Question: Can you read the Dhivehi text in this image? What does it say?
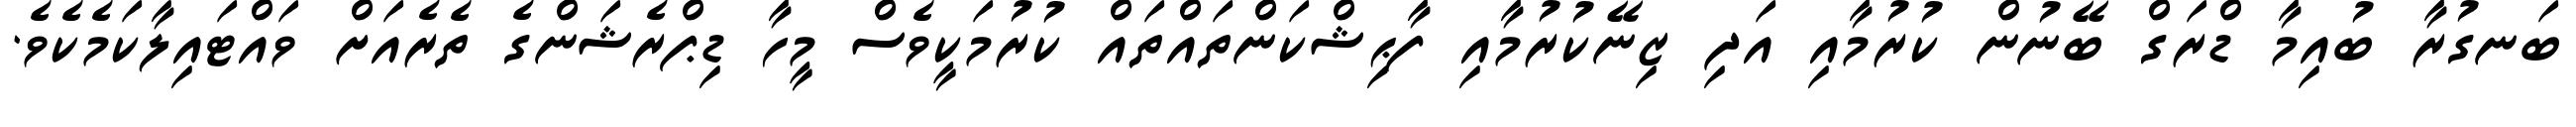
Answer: ބަނގުރާ ބުއިމާ ޑްރަގް ބޭނުން ކުރުމާއި އަދި ޒިނޭކުރުމާއި ފާޙިޝްކަންތައްތައް ކުރުމަކީވެސް މީހާ ޑިޕްރެޝަންގެ ތެރެއަށް ވައްޓައިލާކަމެކެވެ.